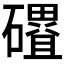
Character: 𮁓